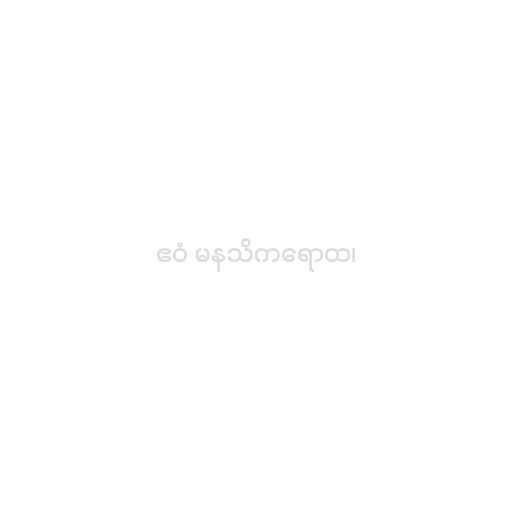
ဧဝံ မနသိကရောထ၊